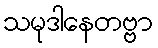
သမုဒါနေတဗ္ဗာ